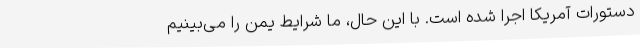
دستورات آمریکا اجرا شده است. با این حال، ما شرایط یمن را می‌بینیم